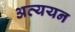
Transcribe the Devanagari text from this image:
अव्ययन